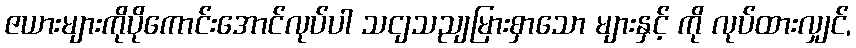
ဇယားများကိုပိုကောင်းအောင်လုပ်ပါ သငျသညျမြားစှာသော များနှင့် ကို လုပ်ထားလျှင်,